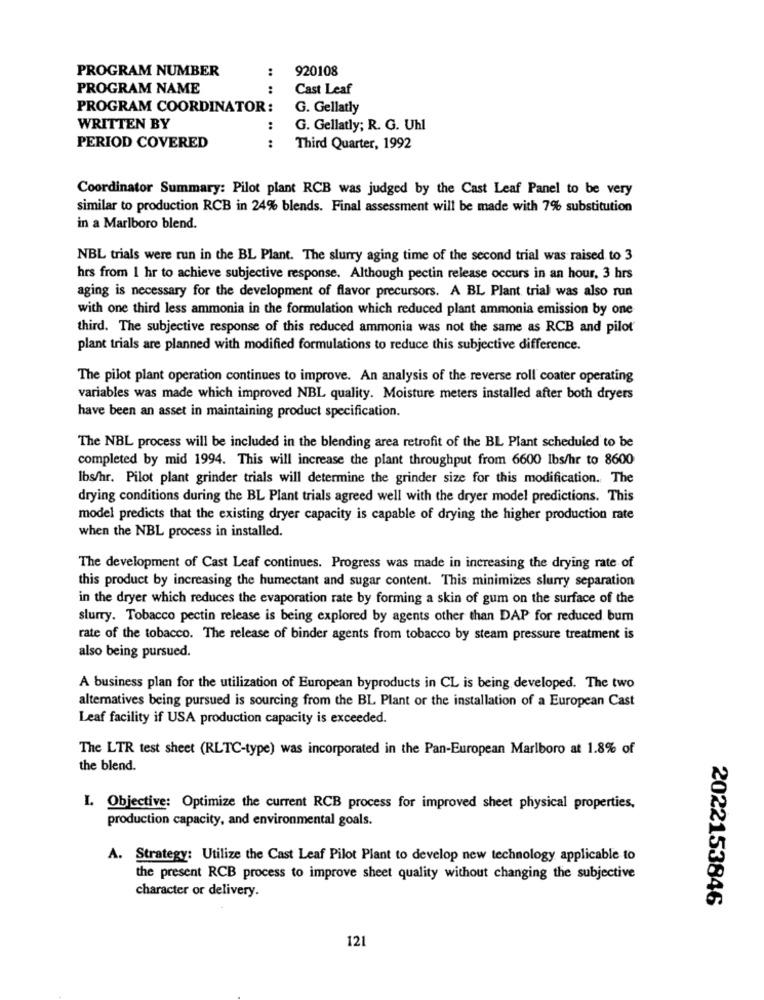
PROGRAM NUMBER
920108
PROGRAM NAME
....
Cast Leaf
PROGRAM COORDINATOR:
G. Gellatly
WRITTEN BY
:
G. Gellatly; R. G. Uhl
:
PERIOD COVERED
Third Quarter, 1992
Coordinator Summary: Pilot plant RCB was judged by the Cast Leaf Panel to be very
similar to production RCB in 24% blends. Final assessment will be made with 7% substitution
in a Marlboro blend.
NBL trials were run in the BL Plant. The slurry aging time of the second trial was raised to 3
hrs from 1 hr to achieve subjective response. Although pectin release occurs in an hour, 3 hrs
aging is necessary for the development of flavor precursors. A BL Plant trial was also run
with one third less ammonia in the formulation which reduced plant ammonia emission by one
third. The subjective response of this reduced ammonia was not the same as RCB and pilot
plant trials are planned with modified formulations to reduce this subjective difference.
The pilot plant operation continues to improve. An analysis of the reverse roll coater operating
variables was made which improved NBL quality. Moisture meters installed after both dryers
have been an asset in maintaining product specification.
The NBL process will be included in the blending area retrofit of the BL Plant scheduled to be
completed by mid 1994. This will increase the plant throughput from 6600 Ibs/hr to 8600
lbs/hr. Pilot plant grinder trials will determine the grinder size for this modification. The
drying conditions during the BL Plant trials agreed well with the dryer model predictions. This
model predicts that the existing dryer capacity is capable of drying the higher production rate
when the NBL process in installed.
The development of Cast Leaf continues. Progress was made in increasing the drying rate of
this product by increasing the humectant and sugar content. This minimizes slurry separation
in the dryer which reduces the evaporation rate by forming a skin of gum on the surface of the
slurry. Tobacco pectin release is being explored by agents other than DAP for reduced bum
rate of the tobacco. The release of binder agents from tobacco by steam pressure treatment is
also being pursued.
A business plan for the utilization of European byproducts in CL is being developed. The two
alternatives being pursued is sourcing from the BL Plant or the installation of a European Cast
Leaf facility if USA production capacity is exceeded.
The LTR test sheet (RLTC-type) was incorporated in the Pan-European Marlboro at 1.8% of
the blend.
I. Objective: Optimize the current RCB process for improved sheet physical properties.
production capacity, and environmental goals.
A. Strategy: Utilize the Cast Leaf Pilot Plant to develop new technology applicable to
the present RCB process to improve sheet quality without changing the subjective
character or delivery.
2022153846
121